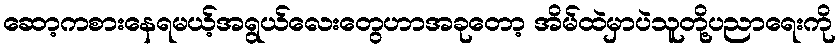
ဆော့ကစားနေရမယ့်အရွယ်လေးတွေဟာအခုတော့ အိမ်ထဲမှာပဲသူတို့ပညာရေးကို